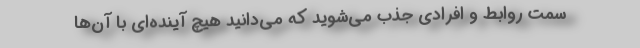
سمت روابط و افرادی جذب می‌شوید که می‌دانید هیچ آینده‌ای با آن‌ها